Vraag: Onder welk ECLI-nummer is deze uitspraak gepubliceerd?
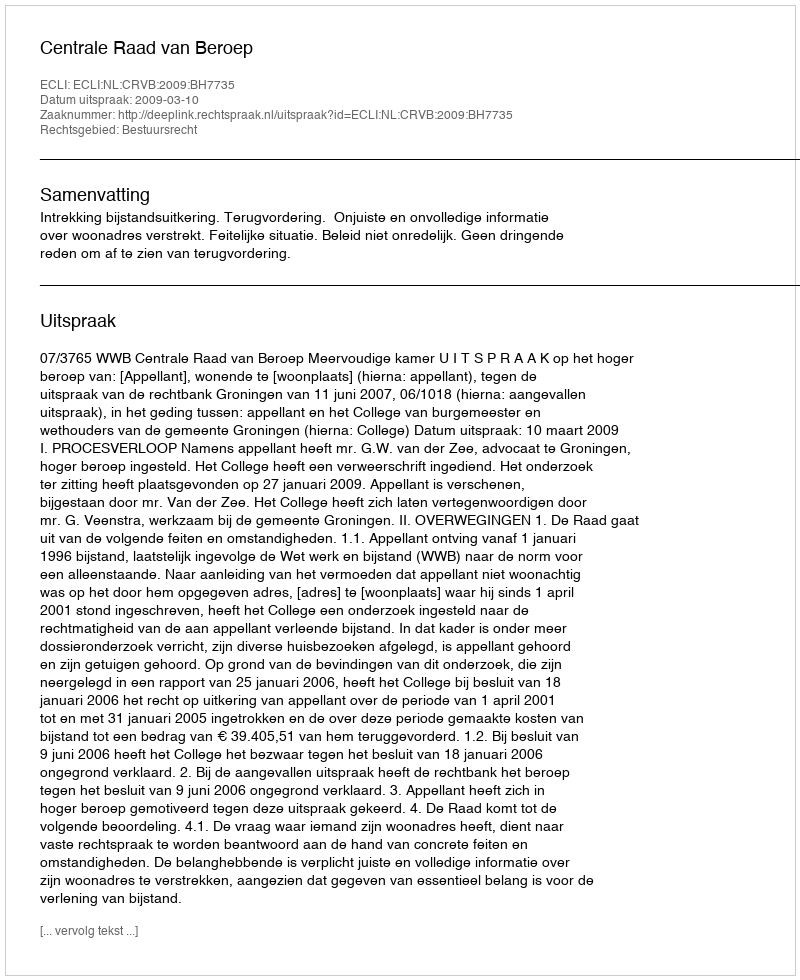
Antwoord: ECLI:NL:CRVB:2009:BH7735